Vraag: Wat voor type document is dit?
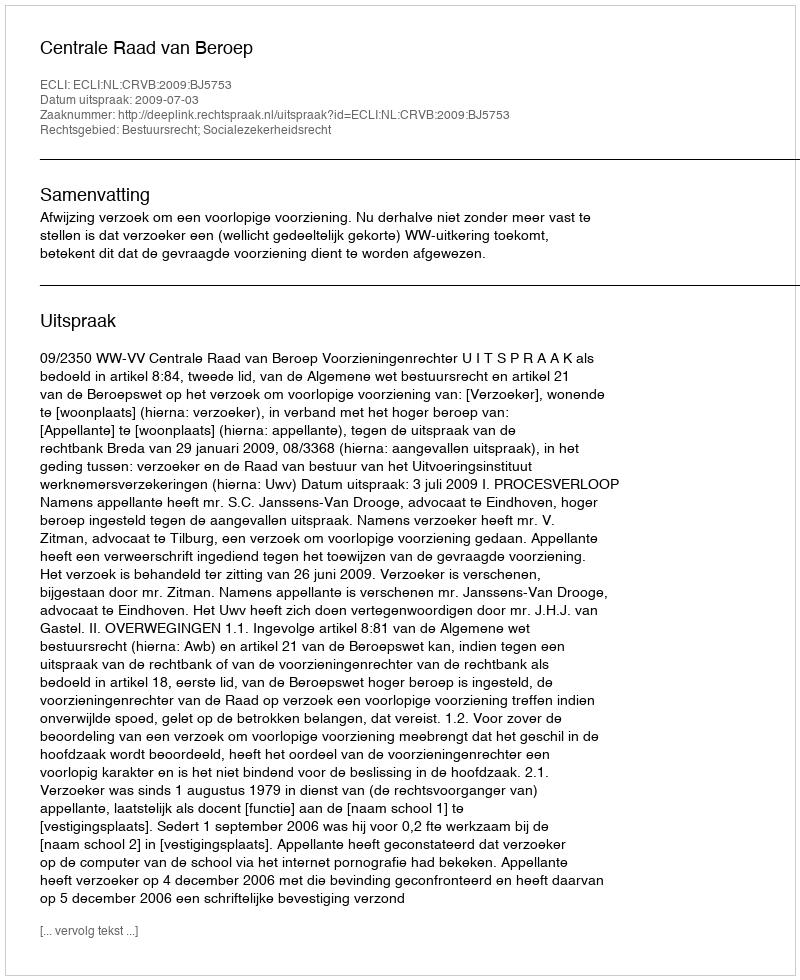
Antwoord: Uitspraak